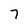
Character: 7